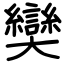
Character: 奱